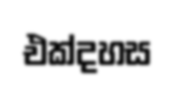
එක්දහස